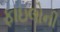
ફાઇલોની